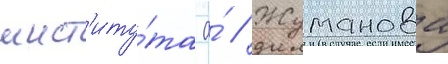
инст'иту́та а́ // Жуманова